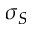
\sigma _ { S }